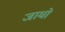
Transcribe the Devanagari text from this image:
जाधो